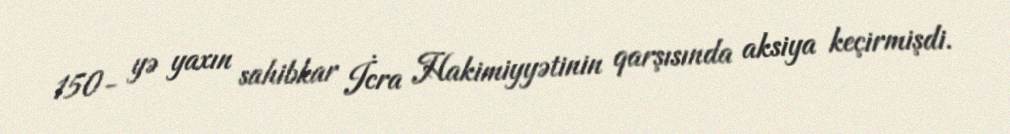
150- yə yaxın sahibkar İcra Hakimiyyətinin qarşısında aksiya keçirmişdi.